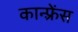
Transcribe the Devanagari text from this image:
कान्फ़्रेंस